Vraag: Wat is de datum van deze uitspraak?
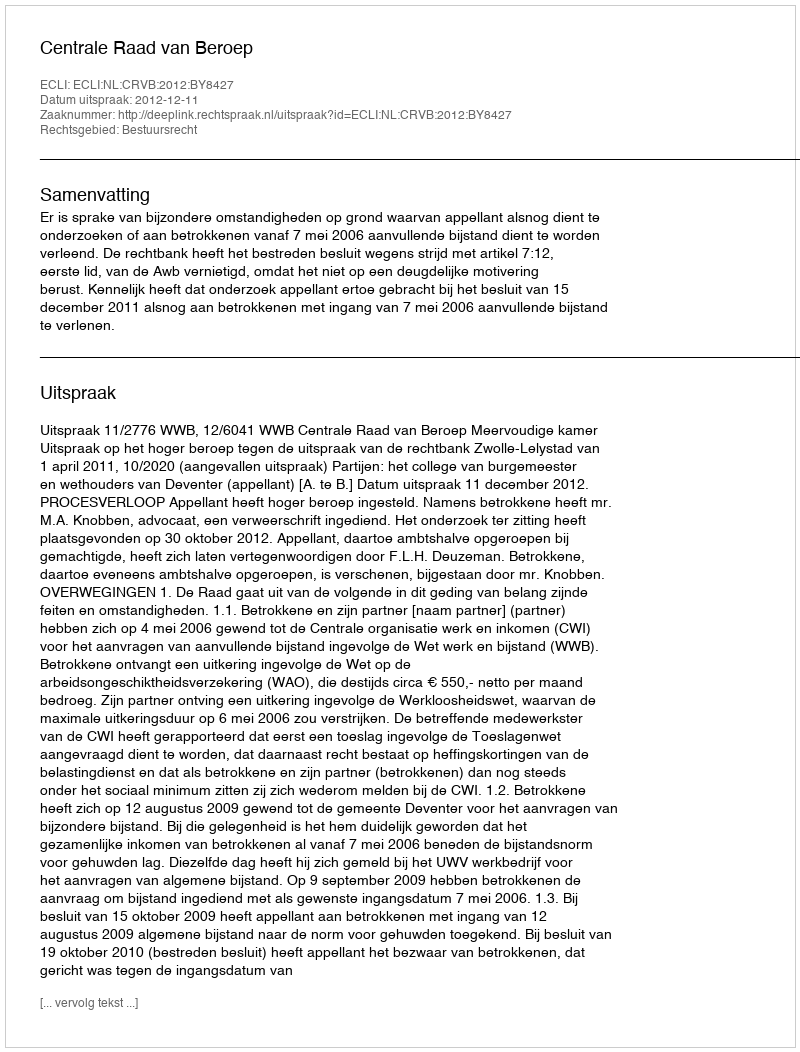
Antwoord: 2012-12-11